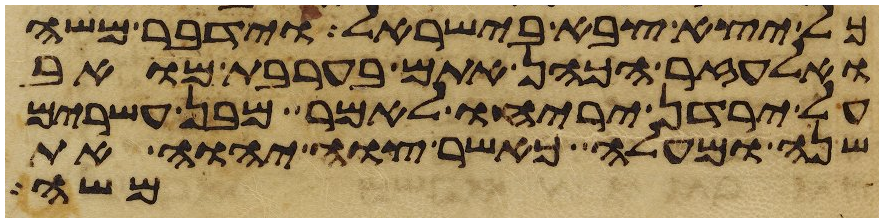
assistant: כל יצא צבא בישראל וידבר משה
ואלעזר הכהן אתם בערבת מואב
על ירדן יריחו לאמר מבן עשרים
שנה ומעלה כאשר צוה יהוה את
משה